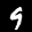
Label: 9